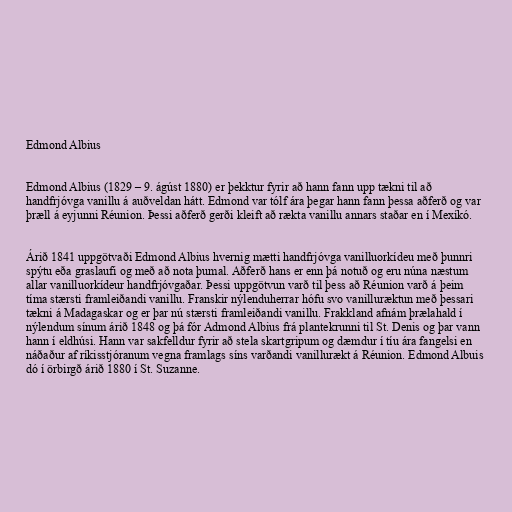
Edmond Albius

Edmond Albius (1829 – 9. ágúst 1880) er þekktur fyrir að hann fann upp tækni til að
handfrjóvga vanillu á auðveldan hátt. Edmond var tólf ára þegar hann fann þessa aðferð og var
þræll á eyjunni Réunion. Þessi aðferð gerði kleift að rækta vanillu annars staðar en í Mexíkó.

Árið 1841 uppgötvaði Edmond Albius hvernig mætti handfrjóvga vanilluorkídeu með þunnri
spýtu eða graslaufi og með að nota þumal. Aðferð hans er enn þá notuð og eru núna næstum
allar vanilluorkídeur handfrjóvgaðar. Þessi uppgötvun varð til þess að Réunion varð á þeim
tíma stærsti framleiðandi vanillu. Franskir nýlenduherrar hófu svo vanilluræktun með þessari
tækni á Madagaskar og er þar nú stærsti framleiðandi vanillu. Frakkland afnám þrælahald í
nýlendum sínum árið 1848 og þá fór Admond Albius frá plantekrunni til St. Denis og þar vann
hann í eldhúsi. Hann var sakfelldur fyrir að stela skartgripum og dæmdur í tíu ára fangelsi en
náðaður af ríkisstjóranum vegna framlags síns varðandi vanillurækt á Réunion. Edmond Albuis
dó í örbirgð árið 1880 í St. Suzanne.